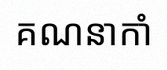
គណនាកាំ